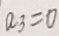
a _ { 3 } = 0